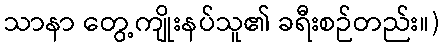
သာနာ တွေ့ကျိုးနပ်သူ၏ ခရီးစဉ်တည်း။)